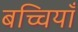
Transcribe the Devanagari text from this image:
बच्चियाँ